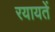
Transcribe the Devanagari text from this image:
रयायतें